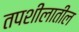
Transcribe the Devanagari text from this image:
तपशीलातील